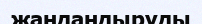
жандандыруды